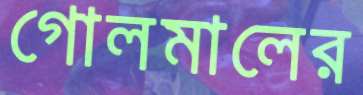
গোলমালের